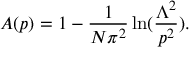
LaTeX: A ( p ) = 1 - \frac { 1 } { N \pi ^ { 2 } } \ln ( \frac { \Lambda ^ { 2 } } { p ^ { 2 } } ) .